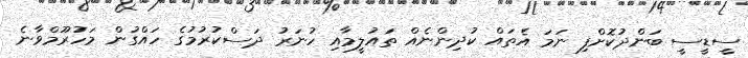
ސީޑީސީ ބަންދުކޮށްފި ނަމަ އެތައް ކުދިންނެއް ތައުލީމާއި ހުނަރު ދަސްކުރުމުގެ ހައްގުން މަހުރޫމްވާނެ